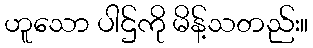
ဟူသော ပါဌ်ကို မိန့်သတည်း။